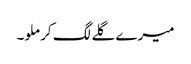
میرے گلے لگ کر ملو۔